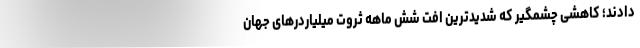
دادند؛ کاهشی چشمگیر که شدیدترین افت شش ماهه ثروت میلیاردرهای جهان